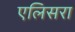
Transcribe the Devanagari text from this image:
एलिसरा